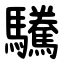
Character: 驣